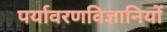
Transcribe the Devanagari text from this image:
पर्यावरणविज्ञानियों